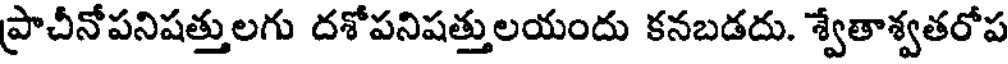
ప్రాచీనోపనిషత్తులగు దశోపనిషత్తులయందు కనబడదు. శ్వేతాశ్వతరోప